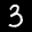
Label: 3